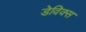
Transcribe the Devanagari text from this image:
डेविक्स